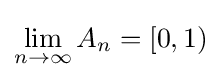
\lim _{n\to \infty }A_{n}=[0,1)